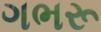
ગભરૂ